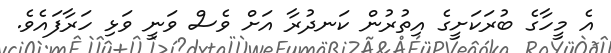
އެ މީހާގެ ބުރަކަށީގެ އިތުރުން ކަނދުރާ އަށް ވެސް ވަނީ ވަޅި ހަރާފައެވެ.